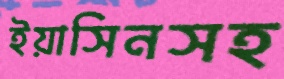
ইয়াসিনসহ